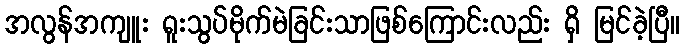
အလွန်အကျူး ရူးသွပ်မိုက်မဲခြင်းသာဖြစ်ကြောင်းလည်း ရှိ မြင်ခဲ့ပြီ။